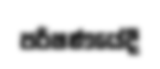
පරීෂණයේදී